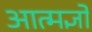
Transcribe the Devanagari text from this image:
आत्मज्ञो